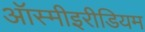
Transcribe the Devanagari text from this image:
ऑस्मीइरीडियम